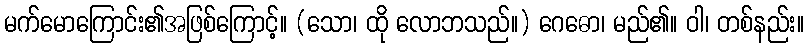
မက်မောကြောင်း၏အဖြစ်ကြောင့်။ (သော၊ ထို လောဘသည်။) ဂေဓော၊ မည်၏။ ဝါ၊ တစ်နည်း။